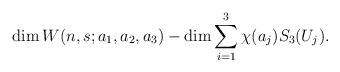
LaTeX: \begin{align*} \dim W(n, s; a_1, a_2, a_3) - \dim \sum_{i=1}^3 \chi(a_j) S_3(U_j).\end{align*}